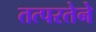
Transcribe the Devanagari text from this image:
तत्‍परतेने